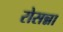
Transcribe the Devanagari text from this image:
रोसन्ना